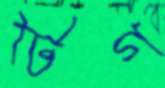
টিগ